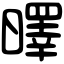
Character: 曎